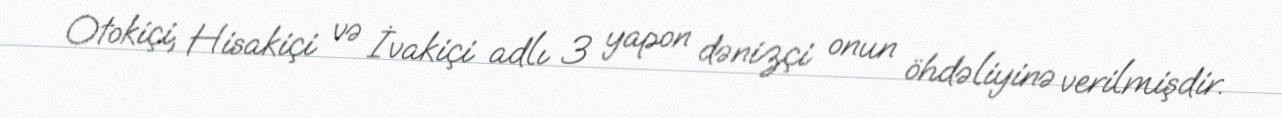
Otokiçi, Hisakiçi və İvakiçi adlı 3 yapon dənizçi onun öhdəliyinə verilmişdir.